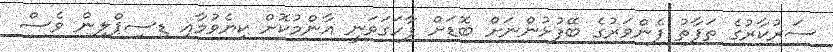
ސަރުކާރުގެ ތަފާތު ފެންވަރުގެ ބޭފުޅުންނަށް ބޮޑަށް ފާހަގަވަނީ އާންމުކޮށް ކިޔެވުމާއި ޑިސިޕްލިން ވެސް